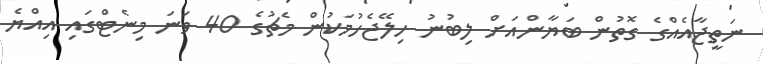
ނަތީޖާއެއްގެ ގޮތުން ބަޔާންއަށް ލިބުނު ހިލޭޖެހުމަކުން މެޗުގެ 40 ވަނަ މިނެޓްގައި އިއްޔެ